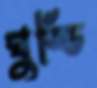
ঘুড্ডি